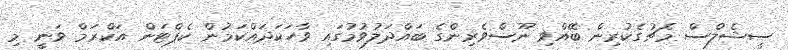
ސީޝެލްސް މެޗުގެކުރިން ބޭއްވި ނޫސްވެރިންގެ ބައްދަލުވުމުގައި ވާހަކަދައްކަމުން ކެޕްޓަން އަކްރަމް ވަނީ މި